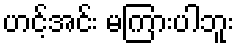
ဟင့်အင်း မကြားပါဘူး